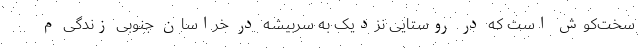
سخت‌کوش است که در روستایی نزدیک به سربیشه در خراسان جنوبی زندگی م